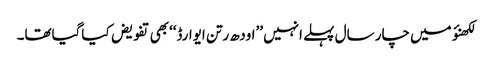
لکھنؤ میں چار سال پہلے انہیں ’’اودھ رتن ایوارڈ‘‘بھی تفویض کیاگیاتھا۔